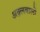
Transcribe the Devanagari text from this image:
अक़्लवालों